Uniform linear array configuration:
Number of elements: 12
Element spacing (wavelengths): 1
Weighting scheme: hann
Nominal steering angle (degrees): -60
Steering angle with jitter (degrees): -61.75
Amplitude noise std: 0.05
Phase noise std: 0.05

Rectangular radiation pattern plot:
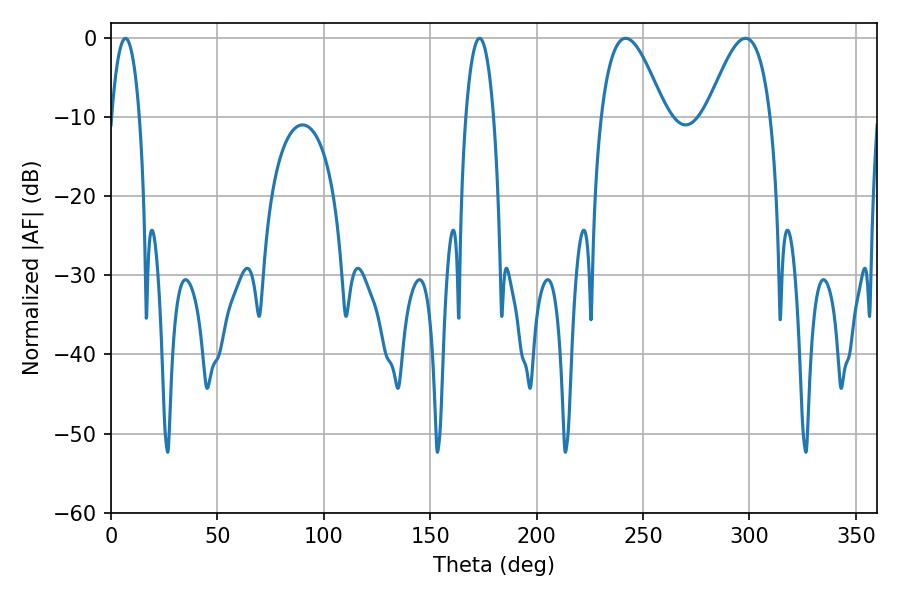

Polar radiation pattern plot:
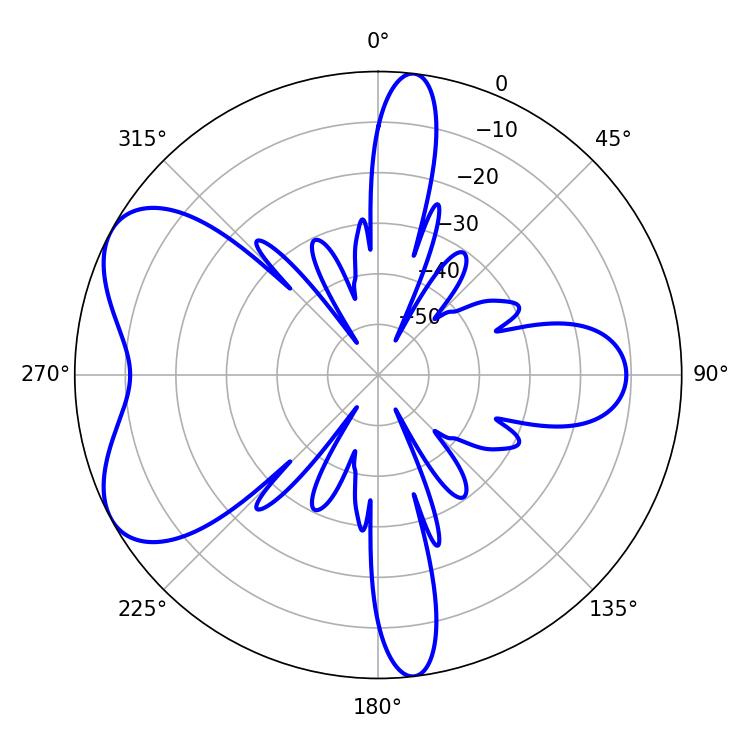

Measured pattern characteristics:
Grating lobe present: TRUE
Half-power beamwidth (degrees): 7.38
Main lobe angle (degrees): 6.84